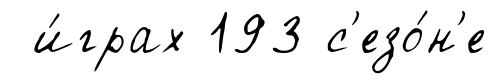
и́грах 193 с'езо́н'е